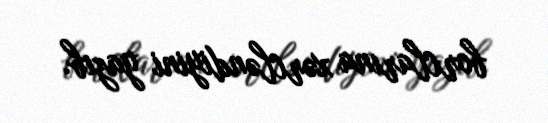
borclarına xərcləndiyini yazıb.